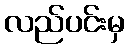
လည်ပင်းမှ